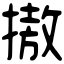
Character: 𢳆